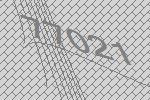
77021